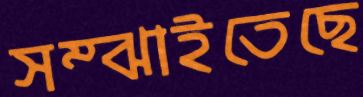
সম্‌ঝাইতেছে